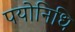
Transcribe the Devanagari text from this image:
पयोनिधि